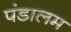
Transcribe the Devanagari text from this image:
पंडालम